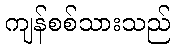
ကျန်စစ်သားသည်